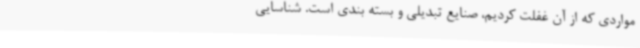
مواردی که از آن غفلت کردیم، صنایع تبدیلی و بسته بندی است. شناسایی